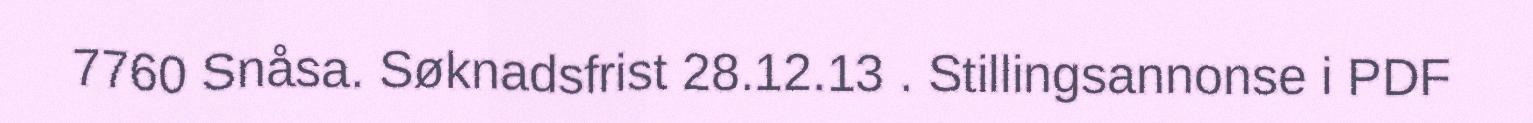
7760 Snåsa. Søknadsfrist 28.12.13 . Stillingsannonse i PDF